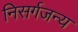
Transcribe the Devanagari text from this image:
निसर्गजन्य